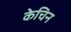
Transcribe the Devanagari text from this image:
केचिन